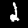
Digit: 2